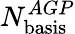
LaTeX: N_{\mathrm{basis}}^{AGP}